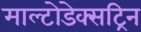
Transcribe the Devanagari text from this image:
माल्टोडेक्सट्रिन